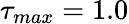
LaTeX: \tau_{max}=1.0